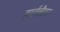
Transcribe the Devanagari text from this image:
हाईलैडर